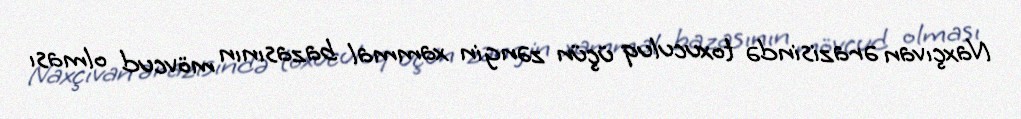
Naxçıvan ərazisində toxuculuq üçün zəngin xammal bazasının mövcud olması